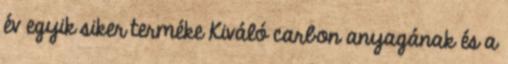
év egyik siker terméke Kiváló carbon anyagának és a